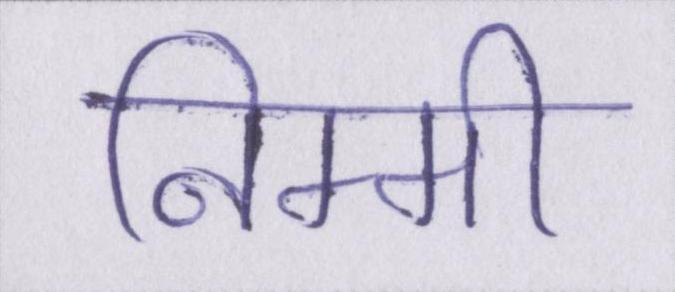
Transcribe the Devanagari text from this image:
निम्मी